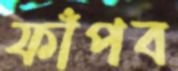
ফাঁপব